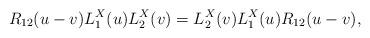
LaTeX: \begin{align*}R_{12}(u-v)L^X_1(u)L^X_2(v)=L^X_2(v)L^X_1(u)R_{12}(u-v),\end{align*}